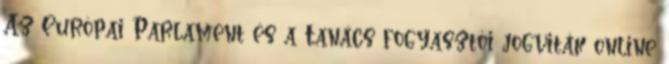
Az Európai Parlament és a Tanács fogyasztói jogviták online